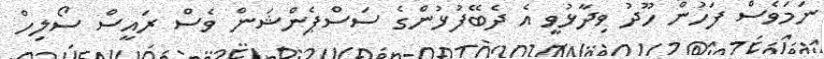
ނަމަވެސް ފަހުން ހޫދު ވިދާޅުވީ އެ ދެބޭފުޅުންގެ ސަސްޕެންޝަން ވެސް ރައީސް ސޯލިހް